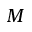
\boldsymbol { M }